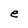
Character: e